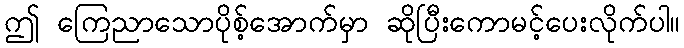
ဤ ကြေညာသောပိုစ့်အောက်မှာ ဆိုပြီးကောမင့်ပေးလိုက်ပါ။